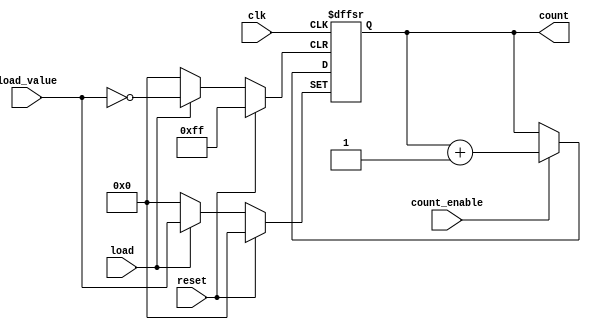
module async_load_counter (
    input wire clk,             // Clock input
    input wire reset,           // Asynchronous reset signal
    input wire load,            // Asynchronous load signal
    input wire count_enable,     // Count enable signal
    input wire [7:0] load_value, // Load input (example: 8 bits wide)
    output reg [7:0] count      // Counter output (example: 8 bits wide)
);

    // Always block for asynchronous reset and load
    always @(posedge clk or posedge reset or posedge load) begin
        if (reset) begin
            count <= 8'b0; // Reset counter to zero
        end else if (load) begin
            count <= load_value; // Load the preset value
        end else if (count_enable) begin
            count <= count + 1; // Increment the counter
        end
    end

endmodule